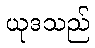
ယုဒသည်